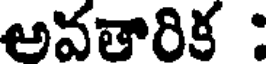
అవతారిక :